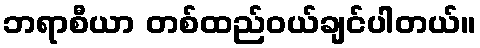
ဘရာစီယာ တစ်ထည်ဝယ်ချင်ပါတယ်။